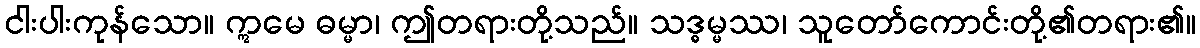
ငါးပါးကုန်သော။ ဣမေ ဓမ္မာ၊ ဤတရားတို့သည်။ သဒ္ဓမ္မဿ၊ သူတော်ကောင်းတို့၏တရား၏။